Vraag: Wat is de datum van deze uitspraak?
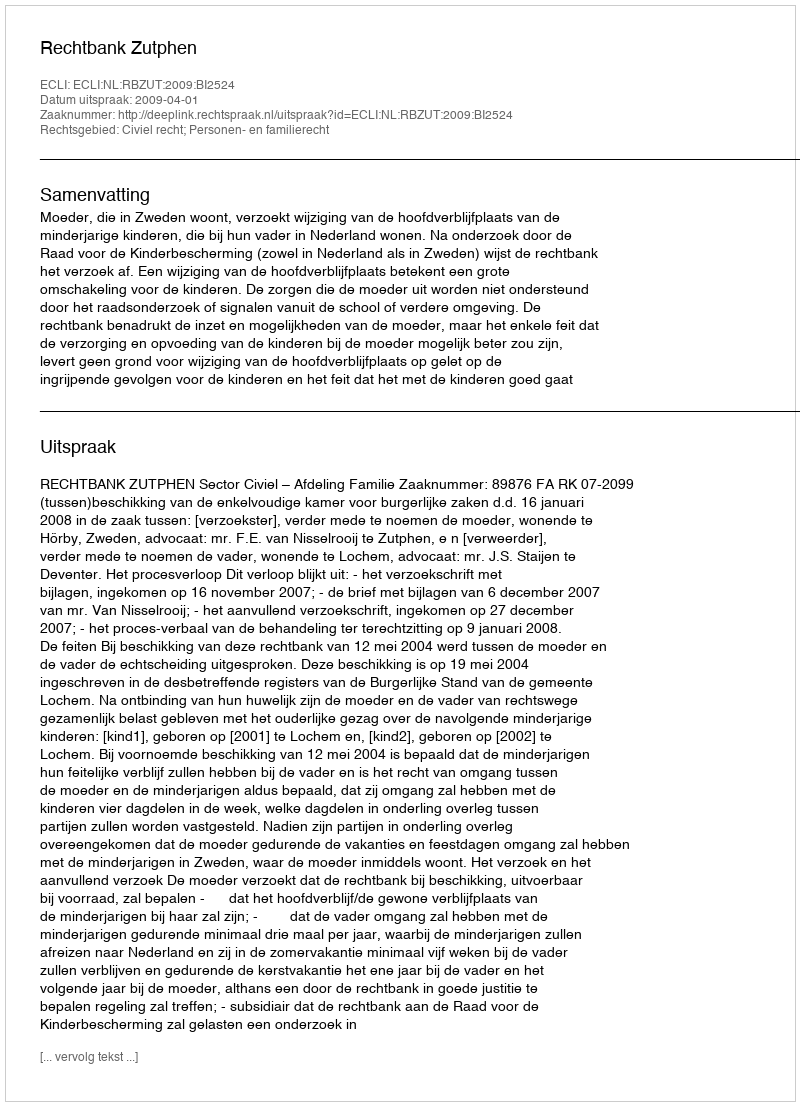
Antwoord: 2009-04-01